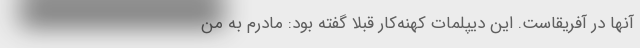
آنها در آفریقاست. این دیپلمات کهنه‌کار قبلا گفته بود: مادرم به من